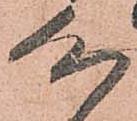
心